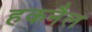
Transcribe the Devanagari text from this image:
हकनैल